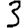
Digit: 3